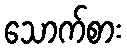
သောက်စား